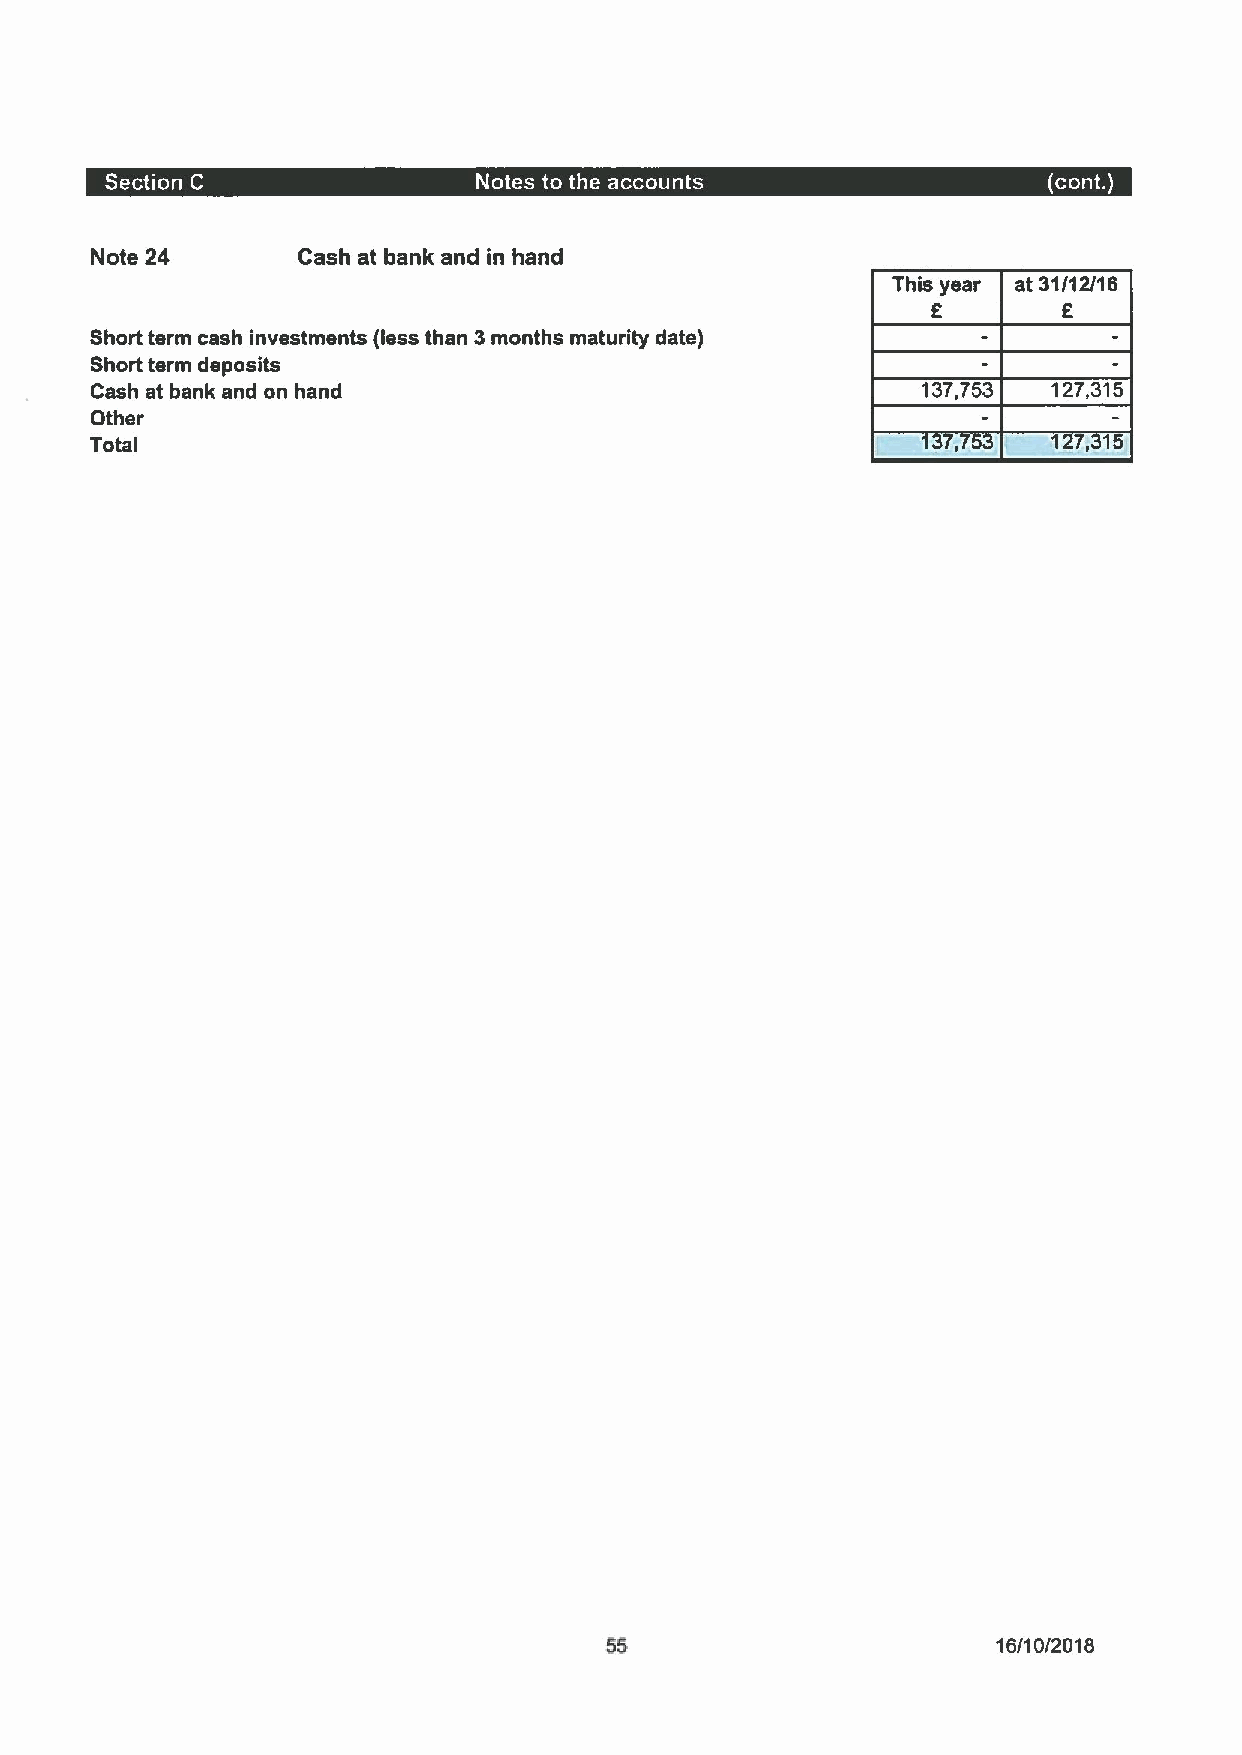
Note 24       Cash at bank and in hand
 This year at 31/12/16
 E       E
 Short term cash investments (less than 3months maturity date)
 Short term deposits
 Cash at bank and on hand                               137,753  127,315
 Other
 Total                                                           27, 5
 55                        16/10/2018